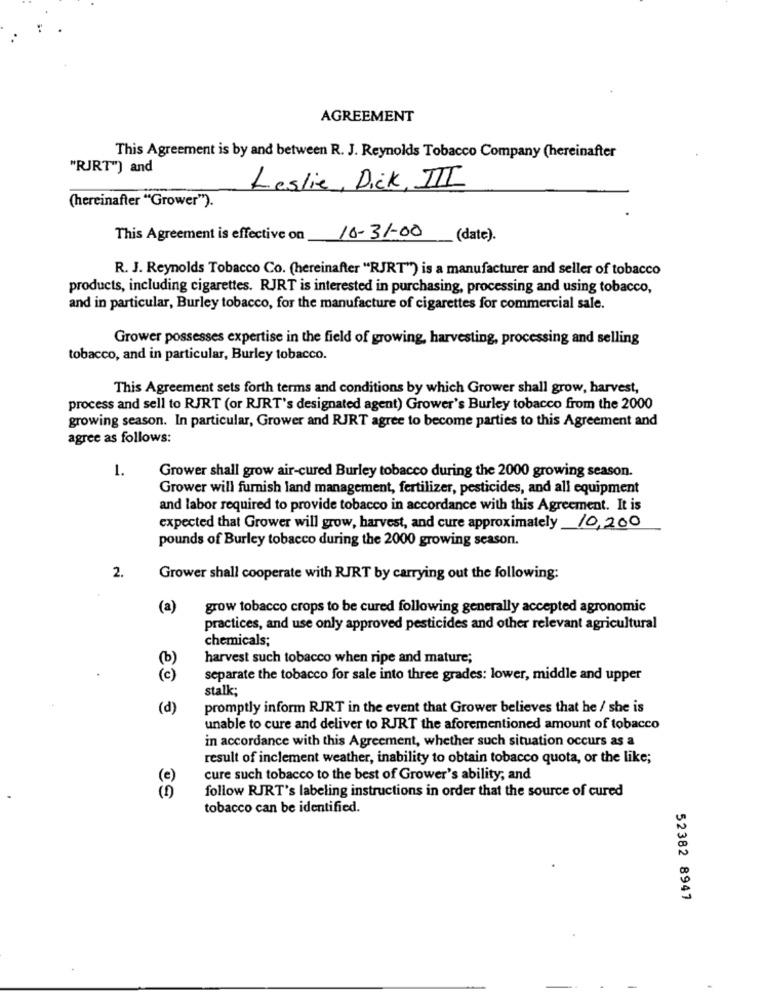
AGREEMENT
This Agreement is by and between R. J. Reynolds Tobacco Company (hereinafter
"RJRT") and
Leslie, Dick, III
(hereinafter "Grower").
This Agreement is effective on
10-31-00
(date).
R. J. Reynolds Tobacco Co. (hereinafter "RJRT") is a manufacturer and seller of tobacco
products, including cigarettes. RJRT is interested in purchasing, processing and using tobacco,
and in particular, Burley tobacco, for the manufacture of cigarettes for commercial sale.
Grower possesses expertise in the field of growing, harvesting, processing and selling
tobacco, and in particular, Burley tobacco.
This Agreement sets forth terms and conditions by which Grower shall grow, harvest,
process and sell to RJRT (or RJRT's designated agent) Grower's Burley tobacco from the 2000
growing season. In particular, Grower and RJRT agree to become parties to this Agreement and
agree as follows:
1.
Grower shall grow air-cured Burley tobacco during the 2000 growing season.
Grower will furnish land management, fertilizer, pesticides, and all equipment
and labor required to provide tobacco in accordance with this Agreement. It is
expected that Grower will grow, harvest, and cure approximately 10,200
pounds of Burley tobacco during the 2000 growing season.
2.
Grower shall cooperate with RJRT by carrying out the following:
(a)
grow tobacco crops to be cured following generally accepted agronomic
practices, and use only approved pesticides and other relevant agricultural
chemicals;
harvest such tobacco when ripe and mature;
separate the tobacco for sale into three grades: lower, middle and upper
stalk;
(d)
promptly inform RJRT in the event that Grower believes that he / she is
unable to cure and deliver to RJRT the aforementioned amount of tobacco
in accordance with this Agreement, whether such situation occurs as a
result of inclement weather, inability to obtain tobacco quota, or the like;
(e)
cure such tobacco to the best of Grower's ability; and
follow RJRT's labeling instructions in order that the source of cured
tobacco can be identified.
52382 8947